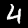
Digit: 4